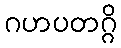
ဂဟပတဂ္ဂိ